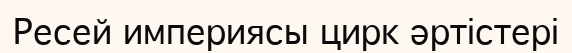
Ресей империясы цирк әртістері